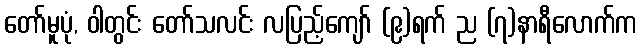
တော်မူပုံ, ဝါတွင်း တော်သလင်း လပြည့်ကျော် (၉)ရက် ည (၇)နာရီလောက်က